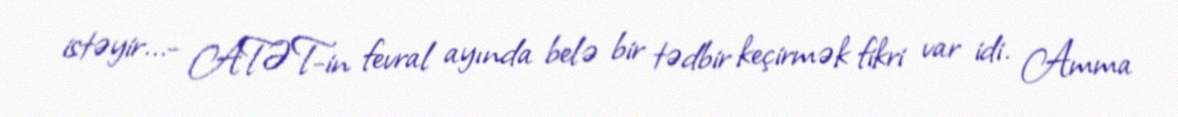
istəyir...- ATƏT-in fevral ayında belə bir tədbir keçirmək fikri var idi. Amma